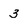
Character: 3